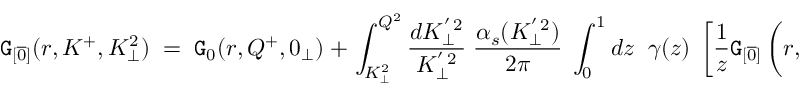
{ \tt G } _ { [ \overline { { { 0 } } } ] } ( r , K ^ { + } , K _ { \perp } ^ { 2 } ) \; = \; { \tt G } _ { 0 } ( r , Q ^ { + } , 0 _ { \perp } ) \; + \; \int _ { K _ { \perp } ^ { 2 } } ^ { Q ^ { 2 } } \frac { d K _ { \perp } ^ { ' \, 2 } } { K _ { \perp } ^ { ' \, 2 } } \; \frac { \alpha _ { s } ( K _ { \perp } ^ { ' \, 2 } ) } { 2 \pi } \; \int _ { 0 } ^ { 1 } d z \; \; \gamma ( z ) \; \left[ \frac { 1 } { z } { \tt G } _ { [ \overline { { { 0 } } } ] } \left( r , \frac { K ^ { + } } { z } , K _ { \perp } ^ { ' \, 2 } \right) \; - \; \frac { 1 } { 2 } { \tt G } _ { [ \overline { { { 0 } } } ] } \left( r , K ^ { + } , K _ { \perp } ^ { ' \, 2 } \right) \right] \; ,